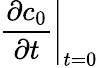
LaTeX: \left.\frac{\partial c_{0}}{\partial t}\right|_{t=0}